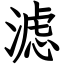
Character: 滤